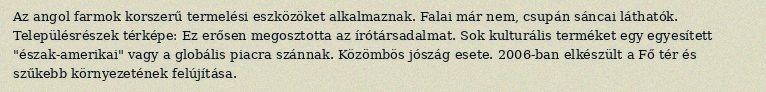
Az angol farmok korszerű termelési eszközöket alkalmaznak. Falai már nem, csupán sáncai láthatók. Településrészek térképe: Ez erősen megosztotta az írótársadalmat. Sok kulturális terméket egy egyesített "észak-amerikai" vagy a globális piacra szánnak. Közömbös jószág esete. 2006-ban elkészült a Fő tér és szűkebb környezetének felújítása.